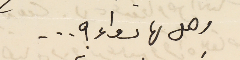
وهل لها دواء ؟...